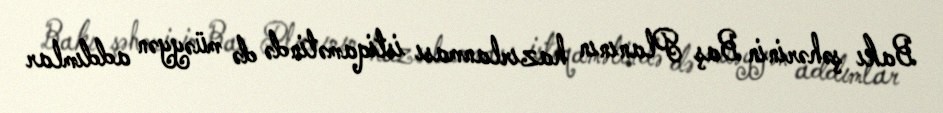
Bakı şəhərinin Baş Planının hazırlanması istiqamətində də müəyyən addımlar